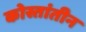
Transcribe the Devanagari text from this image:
कोस्तांतीन